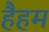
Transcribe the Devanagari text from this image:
हैहम